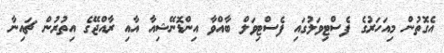
އެގޮތުން މިއަހަރުގެ ފެސްޓިވަލުގައި ފެސްޓިވަލް ބާއްވާ އިންޑޮނޭޝިއާ އާއި ރާއްޖޭގެ އިތުރުން ޗައިނާ